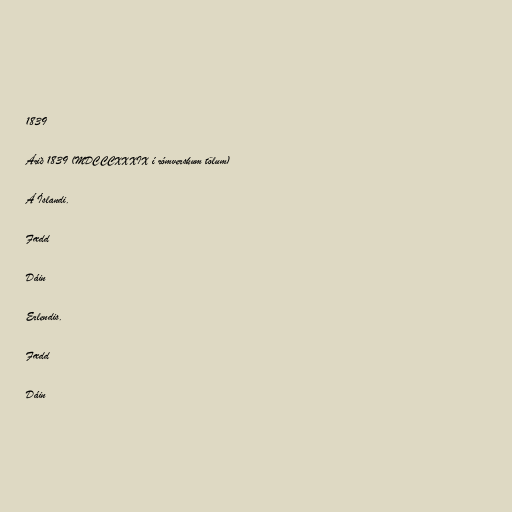
1839

Árið 1839 (MDCCCXXXIX í rómverskum tölum)

Á Íslandi.

Fædd

Dáin

Erlendis.

Fædd

Dáin